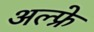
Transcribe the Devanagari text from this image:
अल्फ्रे